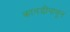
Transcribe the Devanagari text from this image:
कानडीपासून